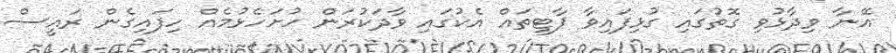
އޭނާ ވިދާޅުވި ގޮތުގައި ގުޅިފައިވާ ޕާޓީތައް އެކުގައި ވާދަކުރަން ހުށަހެޅުމެއް ހިފައިގެން ރައީސް